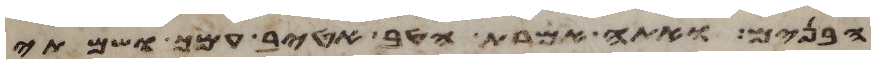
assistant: הבנים ואתה אמרת הטיב אטיב עמך ושמתי